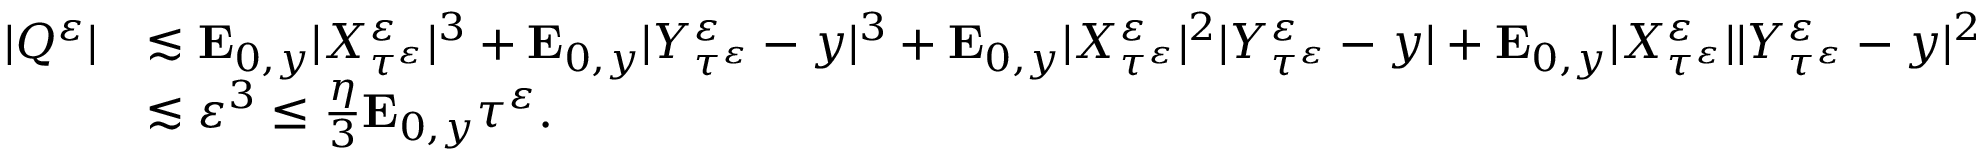
\begin{array} { r l } { | Q ^ { \varepsilon } | } & { \lesssim \mathbf { E } _ { 0 , y } | X _ { \tau ^ { \varepsilon } } ^ { \varepsilon } | ^ { 3 } + \mathbf { E } _ { 0 , y } | Y _ { \tau ^ { \varepsilon } } ^ { \varepsilon } - y | ^ { 3 } + \mathbf { E } _ { 0 , y } | X _ { \tau ^ { \varepsilon } } ^ { \varepsilon } | ^ { 2 } | Y _ { \tau ^ { \varepsilon } } ^ { \varepsilon } - y | + \mathbf { E } _ { 0 , y } | X _ { \tau ^ { \varepsilon } } ^ { \varepsilon } | | Y _ { \tau ^ { \varepsilon } } ^ { \varepsilon } - y | ^ { 2 } } \\ & { \lesssim \varepsilon ^ { 3 } \leq \frac { \eta } { 3 } \mathbf { E } _ { 0 , y } \tau ^ { \varepsilon } . } \end{array}